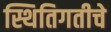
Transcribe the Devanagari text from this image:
स्थितिगतीचे